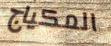
المكياج